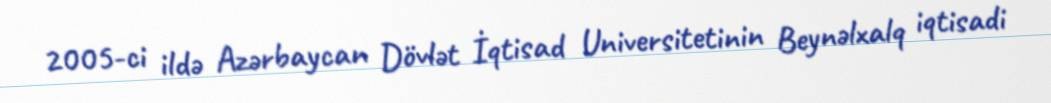
2005-ci ildə Azərbaycan Dövlət İqtisad Universitetinin Beynəlxalq iqtisadi